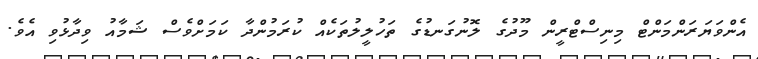
އެންވަޔަރަންމަންޓް މިނިސްޓްރީން މޫދުގެ ލޮނުގަނޑުގެ ތަހުލީލުތަކެއް ކުރަމުންދާ ކަމަށްވެސް ޝަމާއު ވިދާޅުވި އެވެ.